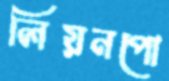
লিয়নপো